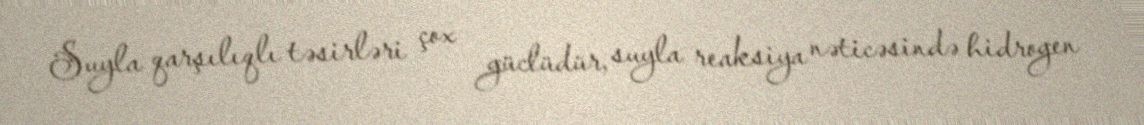
Suyla qarşılıqlı təsirləri çox güclüdür, suyla reaksiya nəticəsində hidrogen